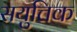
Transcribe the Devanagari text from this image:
सयुत्तिक